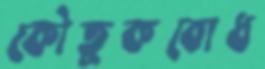
কৌতুকবোধ